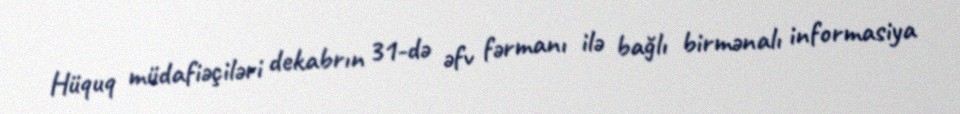
Hüquq müdafiəçiləri dekabrın 31-də əfv fərmanı ilə bağlı birmənalı informasiya